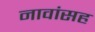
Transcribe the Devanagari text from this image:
नावांसह